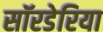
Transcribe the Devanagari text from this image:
सॉरडेरिया